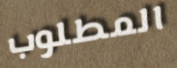
المطلوب